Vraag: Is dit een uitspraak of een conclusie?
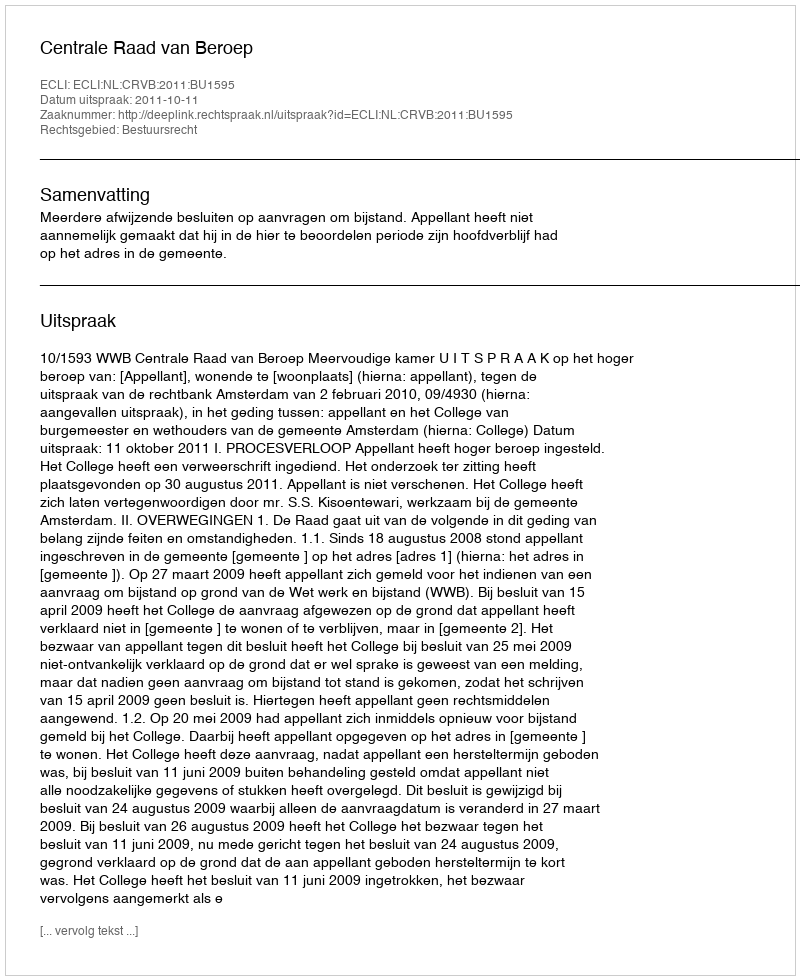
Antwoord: Uitspraak